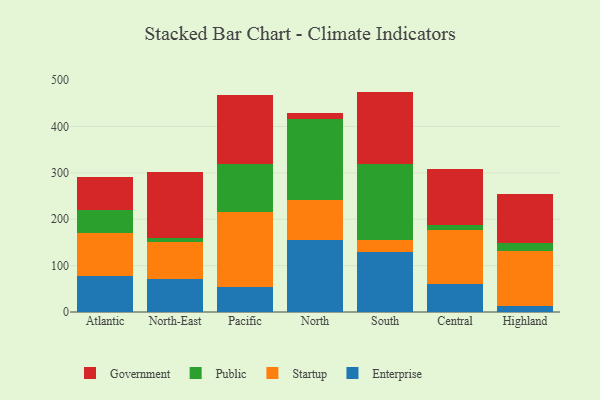
{"axis": {"x": "Region", "y": "Active Users"}, "legend": ["Enterprise", "Government", "Public", "Startup"], "data": [{"x": "Atlantic", "y": 78.5, "type": "Enterprise"}, {"x": "Atlantic", "y": 92.1, "type": "Startup"}, {"x": "Atlantic", "y": 49.6, "type": "Public"}, {"x": "Atlantic", "y": 71.8, "type": "Government"}, {"x": "North-East", "y": 71.3, "type": "Enterprise"}, {"x": "North-East", "y": 80.3, "type": "Startup"}, {"x": "North-East", "y": 7.2, "type": "Public"}, {"x": "North-East", "y": 143.2, "type": "Government"}, {"x": "Pacific", "y": 53.9, "type": "Enterprise"}, {"x": "Pacific", "y": 161.5, "type": "Startup"}, {"x": "Pacific", "y": 104.2, "type": "Public"}, {"x": "Pacific", "y": 148.8, "type": "Government"}, {"x": "North", "y": 155.0, "type": "Enterprise"}, {"x": "North", "y": 85.6, "type": "Startup"}, {"x": "North", "y": 176.1, "type": "Public"}, {"x": "North", "y": 12.6, "type": "Government"}, {"x": "South", "y": 129.0, "type": "Enterprise"}, {"x": "South", "y": 25.9, "type": "Startup"}, {"x": "South", "y": 164.7, "type": "Public"}, {"x": "South", "y": 155.7, "type": "Government"}, {"x": "Central", "y": 61.2, "type": "Enterprise"}, {"x": "Central", "y": 115.0, "type": "Startup"}, {"x": "Central", "y": 11.2, "type": "Public"}, {"x": "Central", "y": 121.5, "type": "Government"}, {"x": "Highland", "y": 13.0, "type": "Enterprise"}, {"x": "Highland", "y": 118.2, "type": "Startup"}, {"x": "Highland", "y": 17.2, "type": "Public"}, {"x": "Highland", "y": 105.7, "type": "Government"}]}